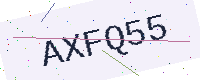
Text: AXFQ55